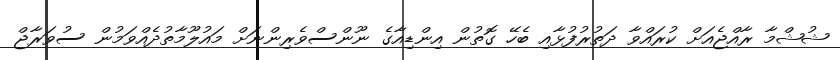
ޝުޝްމާ ރާއްޖެއަށް ކުރައްވާ ދަތުރުފުޅާއި ބެހޭ ގޮތުން އިންޑިއާގެ ނޫންސްވެރިންނަށް މައުލޫމާތުދެއްވަމުން ސުވަރާޖް